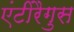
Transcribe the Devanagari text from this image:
एंटीरैगुस